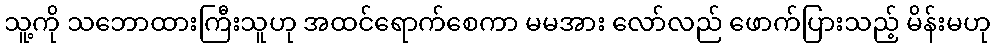
သူ့ကို သဘောထားကြီးသူဟု အထင်ရောက်စေကာ မမအား လော်လည် ဖောက်ပြားသည့် မိန်းမဟု